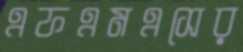
এফএমএসের